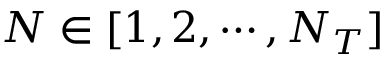
N \in [ 1 , 2 , \cdots , N _ { T } ]